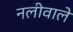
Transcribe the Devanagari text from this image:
नलीवाले